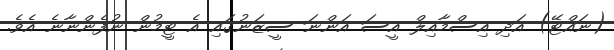
(ނައްޓޭ) އަދި އިސްމާއިލް އީސަ އަންނަ ސީޒަނުގައި އެ ޓީމުން ނުފެންނާނެ އެވެ.